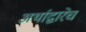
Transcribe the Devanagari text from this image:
अर्थाद्वारेच